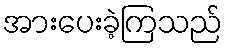
အားပေးခဲ့ကြသည်